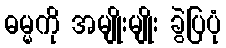
ဓမ္မကို အမျိုးမျိုး ခွဲပြပုံ